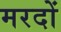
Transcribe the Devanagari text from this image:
मरदों